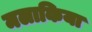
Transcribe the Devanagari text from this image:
मलाकिया